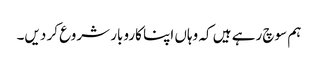
ہم سوچ رہے ہیں کہ وہاں اپنا کاروبار شروع کر دیں۔